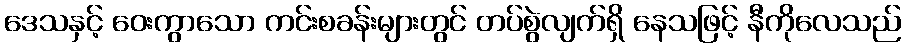
ဒေသနှင့် ဝေးကွာသော ကင်းစခန်းများတွင် တပ်စွဲလျက်ရှိ နေသဖြင့် နီကိုလေသည်